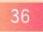
\(36\)